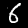
Label: 6